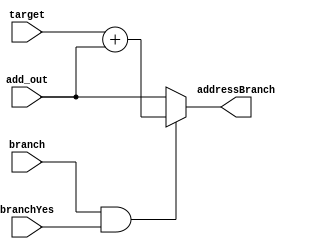
module bmux2to1 (
	 input branchYes,
	 input branch,     
    input wire [31:0] add_out,// 32-bit original pc + 1
	 input wire [31:0] target,// 32-bit extended target(immediate) address
    output wire [31:0] addressBranch // 32-bit output
);
wire select1; // select signal
wire [31:0] targetShifted; // 2 x address + (PC +1)
assign select1 = (branch && branchYes);
assign targetShifted = target + add_out;
assign addressBranch = (select1) ? targetShifted : add_out;
endmodule